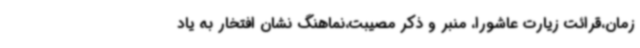
زمان،قرائت زیارت عاشورا، منبر و ذکر مصیبت،نماهنگ نشان افتخار به یاد